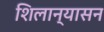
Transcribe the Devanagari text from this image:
शिलान्यासन